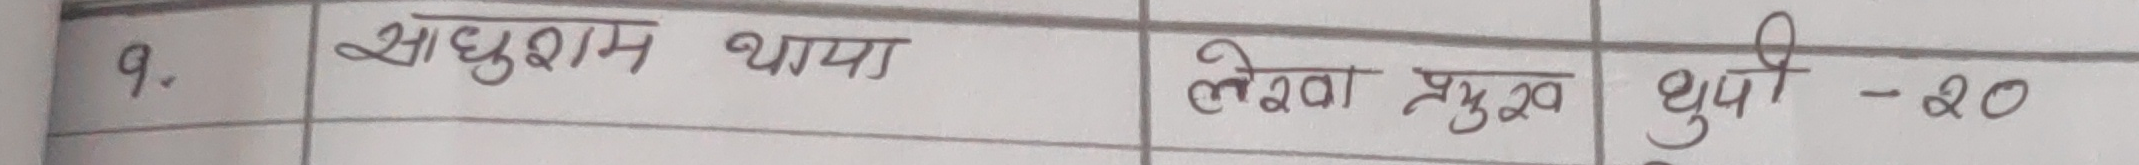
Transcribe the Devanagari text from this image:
१. साधुराम थापा लेखक प्रमुख धुपी - २०